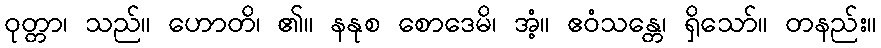
ဝုတ္တာ၊ သည်။ ဟောတိ၊ ၏။ နနုစ စောဒေမိ၊ အံ့။ ဧဝံသန္တေ၊ ရှိသော်။ တနည်း။